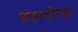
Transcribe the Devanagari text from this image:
प्रकाशोत्‍सव